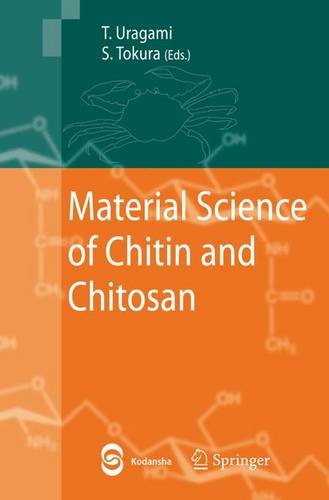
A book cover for Material Science of Chitin and Chitosan; Health, Fitness & Dieting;